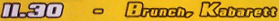
11.30 - Brunch. Kabarett